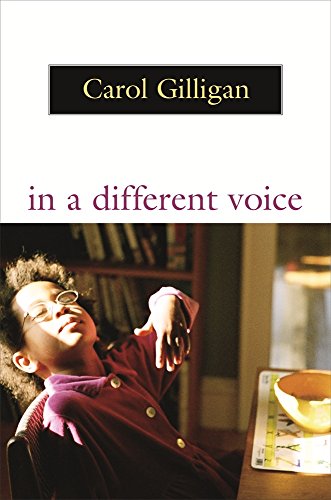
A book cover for In a Different Voice: Psychological Theory and Women's Development; Carol Gilligan; Medical Books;